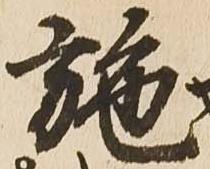
施